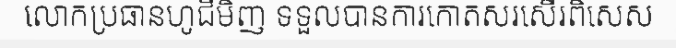
លោកប្រធានហូជីមិញ ទទួលបានការកោតសរសើរពិសេស